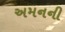
અમનની